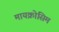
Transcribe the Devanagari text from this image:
मायक्रोसिम